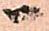
ハ